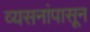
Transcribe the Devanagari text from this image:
व्यसनांपासून